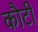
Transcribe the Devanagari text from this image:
कौटी